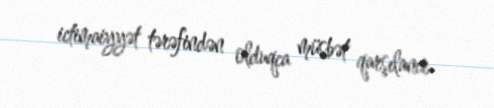
ictimaiyyət tərəfindən olduqca müsbət qarşılanır.